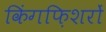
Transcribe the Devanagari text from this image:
किंगफ़िशरों